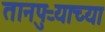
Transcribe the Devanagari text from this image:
तानपुऱ्याच्या